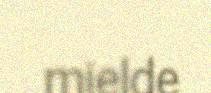
mielde